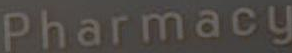
Pharmacy